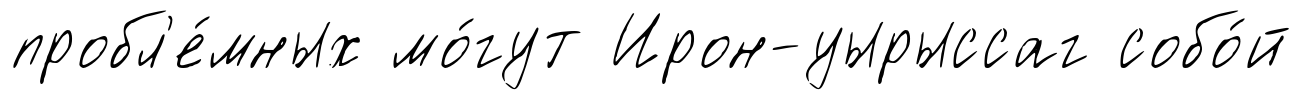
пробл'е́мных мо́гут Ирон-уырыссаг собо́й